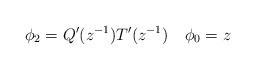
LaTeX: \begin{align*}\phi_2=Q'(z^{-1})T'(z^{-1})\quad\phi_0=z\end{align*}